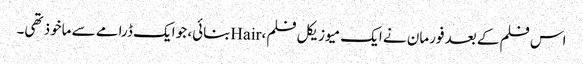
اس فلم کے بعد فورمان نے ایک میوزیکل فلم، Hairبنائی، جو ایک ڈرامے سے ماخوذ تھی۔